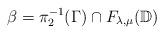
LaTeX: \begin{align*}\beta=\pi_2^{-1}(\Gamma)\cap F_{\lambda,\mu}(\mathbb{D})\end{align*}